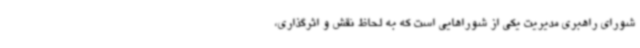
شورای راهبری مدیریت یکی از شوراهایی است که به لحاظ نقش و اثرگذاری،